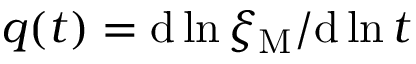
q ( t ) = \mathrm { d } { } \ln \xi _ { \mathrm { M } } / \mathrm { d } { } \ln t